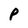
Character: P